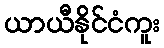
ယာယီနိုင်ငံကူး